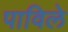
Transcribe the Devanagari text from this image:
पाविले